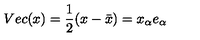
V e c ( x ) = \frac { 1 } { 2 } ( x - \bar { x } ) = x _ { \alpha } e _ { \alpha }